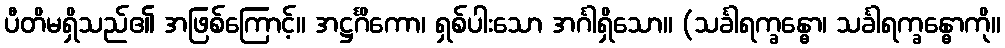
ပီတိမရှိသည်၏ အဖြစ်ကြောင့်။ အဋ္ဌင်္ဂိကော၊ ရှစ်ပါးသော အင်္ဂါရှိသော။ (သင်္ခါရက္ခန္ဓော၊ သင်္ခါရက္ခန္ဓောကို။